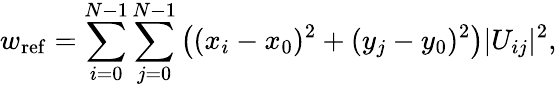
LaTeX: w_{\mathrm{ref}}=\sum_{i=0}^{N-1}\sum_{j=0}^{N-1}\left((x_{i}-x_{0})^{2}+(y_{j}-y_{0})^{2}\right)|U_{ij}|^{2},